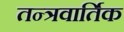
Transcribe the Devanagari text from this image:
तन्त्रवार्तिक